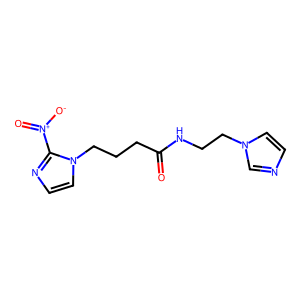
SMILES: O=C(CCCn1ccnc1[N+](=O)[O-])NCCn1ccnc1
Inhibits HIV replication: No